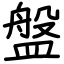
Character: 盤